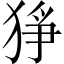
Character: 猙